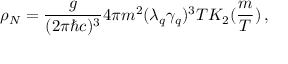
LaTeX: \rho _ { N } = \frac { g } { ( 2 \pi \hbar c ) ^ { 3 } } 4 \pi m ^ { 2 } ( \lambda _ { q } \gamma _ { q } ) ^ { 3 } T K _ { 2 } ( \frac { m } { T } ) \, ,